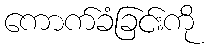
ကောက်ခံခြင်းကို